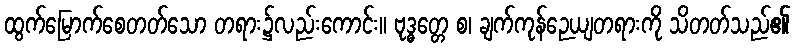
ထွက်မြောက်စေတတ်သော တရား၌လည်းကောင်း။ ဗုဒ္ဓတ္တေ စ၊ ချက်ကုန်ဉေယျတရားကို သိတတ်သည်၏